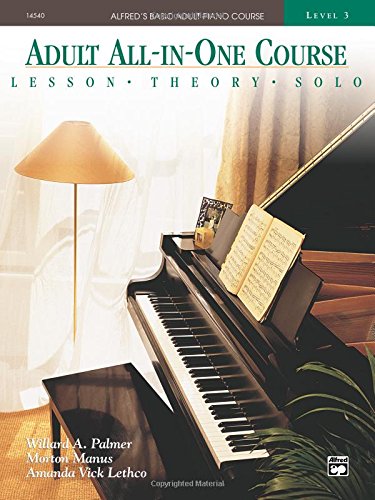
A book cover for Alfred's Basic Adult All-in-One Piano Course: Level 3 (Alfred's Basic Adult Piano Course); Willard A. Palmer; Humor & Entertainment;